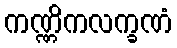
ကဏ္ဏိကလက္ခဏံ